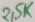
Text: 2,5K